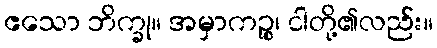
ဧသော ဘိက္ခု။ အမှာကဉ္စ၊ ငါတို့၏လည်း။